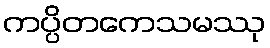
ကပ္ပိတကေသမဿု